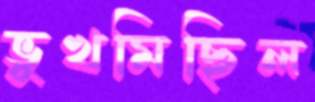
ভুখমিছিল